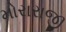
મોરારાજી